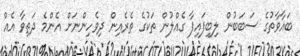
ބަޣާވާތުގެ ސަބަބުން ލިބިފައިފާ ގެއްލުން ތަކުގެ ތެރެއިން ދިވެހިންނަށް އެންމެ ދަތިވާ އެއް